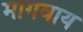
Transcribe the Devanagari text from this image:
मागवाय